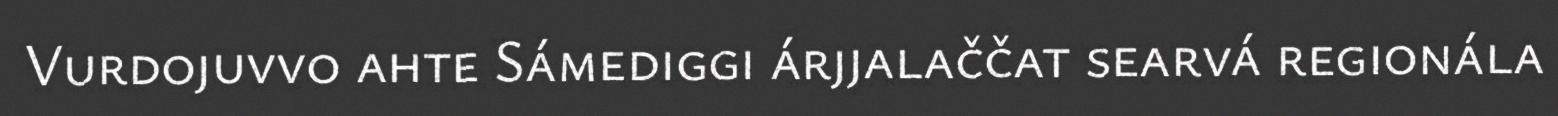
Vurdojuvvo ahte Sámediggi árjjalaččat searvá regionála